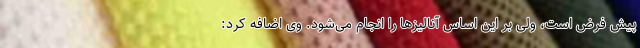
پیش فرض است، ولی بر این اساس آنالیزها را انجام می‌شود. وی اضافه کرد: